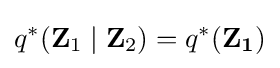
q^{*}(\mathbf {Z} _{1}\mid \mathbf {Z} _{2})=q^{*}(\mathbf {Z_{1}} )